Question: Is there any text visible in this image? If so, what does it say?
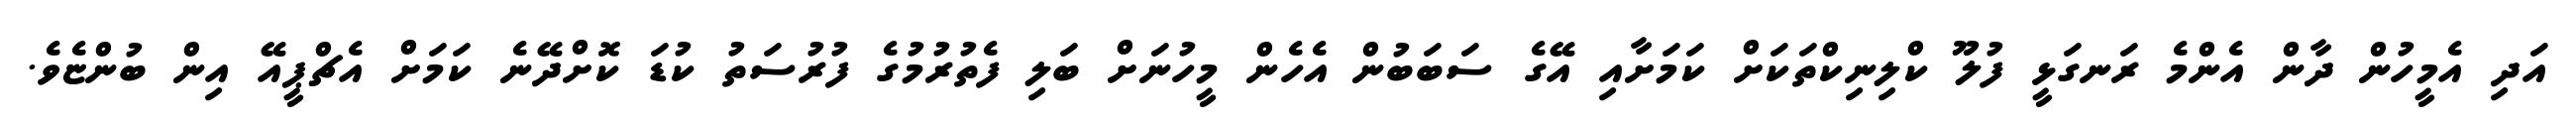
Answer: އަދި އެމީހުން ދާން އެންމެ ރަނގަޅީ ފުލޫ ކްލިނިކްތަކަށް ކަމަށާއި އޭގެ ސަބަބުން އެހެން މީހުނަށް ބަލި ފެތުރުމުގެ ފުރުސަތު ކުޑަ ކޮށްދޭނެ ކަމަށް އެޗްޕީއޭ އިން ބުންޏެވެ.